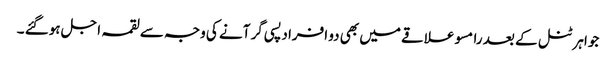
جواہر ٹنل کے بعد رامسو علاقے میں بھی دو افراد پسی گر آنے کی وجہ سے لقمہ اجل ہوگئے ۔